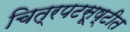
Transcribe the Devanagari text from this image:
चित्रपटसूष्टीत